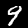
Digit: 9